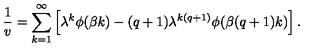
\frac 1 v = \sum _ { k = 1 } ^ { \infty } \left[ \lambda ^ { k } \phi ( \beta k ) - ( q + 1 ) \lambda ^ { k ( q + 1 ) } \phi ( \beta ( q + 1 ) k ) \right] .